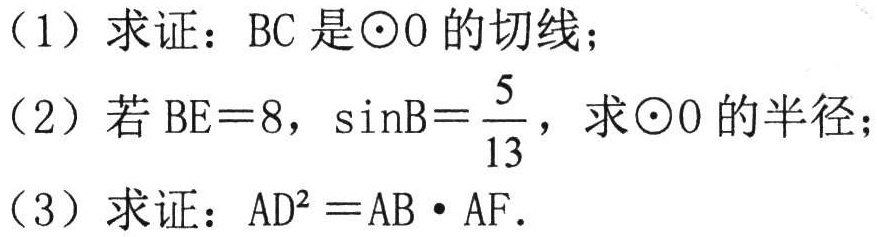
（1）求证：$BC$是$\odot O$的切线；
（2）若$BE = 8$，$\sin B=\frac{5}{13}$，求$\odot O$的半径；
（3）求证：$AD^{2}=AB\cdot AF$．